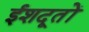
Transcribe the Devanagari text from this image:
ईशदूतों